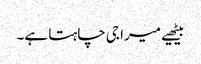
بیٹھیے میرا جی چاہتا ہے۔